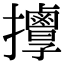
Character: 𢺬